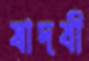
যাদবী